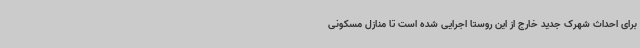
برای احداث شهرک جدید خارج از این روستا اجرایی شده است تا منازل مسکونی